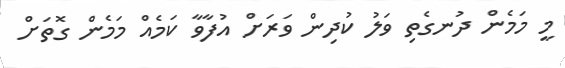
މީ މަމެން ދުނގެތި ވަލު ކުދިން ވަރަށް އުފާވާ ކަމެއް މަމެން ގޮތަށް